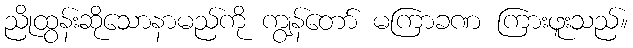
ညိုထွန်းဆိုသောနာမည်ကို ကျွန်တော် မကြာခဏ ကြားဖူးသည်။